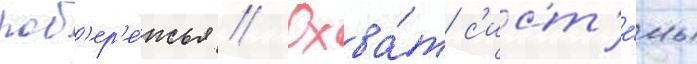
поб'ер'е́жья // Охва́т с'ист'е́мы